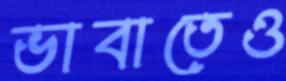
ভাবাতেও